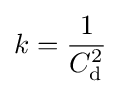
k={\frac {1}{C_{\text{d}}^{2}}}